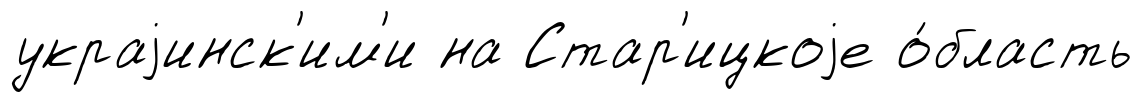
украjинск'им'и на Стар'ицкоjе о́бласть